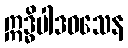
ဣဒ္ဓိပါဒဝသေန